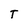
Character: T